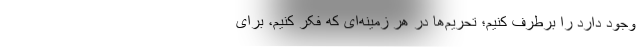
وجود دارد را برطرف کنیم؛ تحریم‌ها در هر زمینه‌ای که فکر کنیم، برای